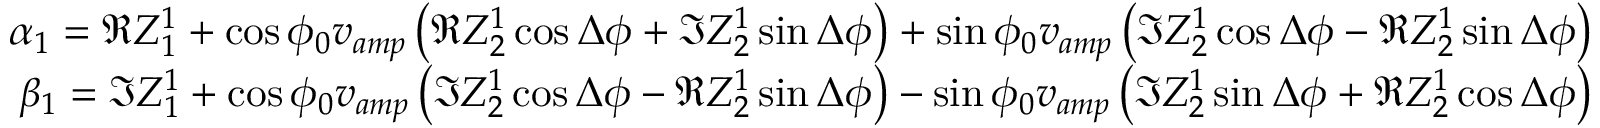
\begin{array} { r } { \alpha _ { 1 } = \Re Z _ { 1 } ^ { 1 } + \cos \phi _ { 0 } v _ { a m p } \left( \Re Z _ { 2 } ^ { 1 } \cos \Delta \phi + \Im Z _ { 2 } ^ { 1 } \sin \Delta \phi \right) + \sin \phi _ { 0 } v _ { a m p } \left( \Im Z _ { 2 } ^ { 1 } \cos \Delta \phi - \Re Z _ { 2 } ^ { 1 } \sin \Delta \phi \right) } \\ { \beta _ { 1 } = \Im Z _ { 1 } ^ { 1 } + \cos \phi _ { 0 } v _ { a m p } \left( \Im Z _ { 2 } ^ { 1 } \cos \Delta \phi - \Re Z _ { 2 } ^ { 1 } \sin \Delta \phi \right) - \sin \phi _ { 0 } v _ { a m p } \left( \Im Z _ { 2 } ^ { 1 } \sin \Delta \phi + \Re Z _ { 2 } ^ { 1 } \cos \Delta \phi \right) } \end{array}